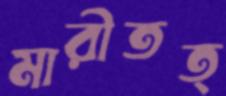
মারীতত্